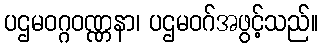
ပဌမဝဂ္ဂဝဏ္ဏနာ၊ ပဌမဝဂ်အဖွင့်သည်။